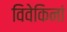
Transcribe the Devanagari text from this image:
विवेकिनां